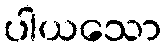
ပါယသော